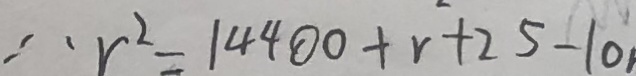
\therefore r ^ { 2 } = 1 4 4 0 0 + r + 2 5 - 1 0